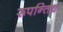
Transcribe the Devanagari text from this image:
रूपन्तिथ